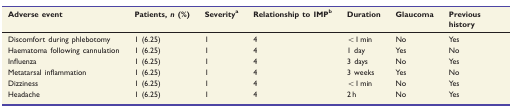
<table><thead><tr><td><b>Adverse event</b></td><td><b>Patients, <i>n</i> (%)</b></td><td><b>Severity<sup>a</sup></b></td><td><b>Relationship to IMP<sup>b</sup></b></td><td><b>Duration</b></td><td><b>Glaucoma</b></td><td><b>Previous history</b></td></tr></thead><tbody><tr><td>Discomfort during phlebotomy</td><td>1 (6.25)</td><td>1</td><td>4</td><td>&lt;1 min</td><td>No</td><td>Yes</td></tr><tr><td>Haematoma following cannulation</td><td>1 (6.25)</td><td>1</td><td>4</td><td>1 day</td><td>Yes</td><td>No</td></tr><tr><td>Influenza</td><td>1 (6.25)</td><td>1</td><td>4</td><td>3 days</td><td>No</td><td>Yes</td></tr><tr><td>Metatarsal inflammation</td><td>1 (6.25)</td><td>1</td><td>4</td><td>3 weeks</td><td>Yes</td><td>No</td></tr><tr><td>Dizziness</td><td>1 (6.25)</td><td>1</td><td>4</td><td>&lt;1 min</td><td>No</td><td>Yes</td></tr><tr><td>Headache</td><td>1 (6.25)</td><td>1</td><td>4</td><td>2 h</td><td>No</td><td>Yes</td></tr></tbody></table>